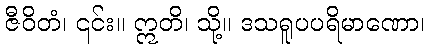
ဇီဝိတံ၊ ၎င်း။ ဣတိ၊ သို့။ ဒသရူပပရိမာဏော၊